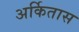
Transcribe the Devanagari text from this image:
अर्कितास